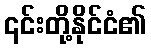
၎င်းတို့နိုင်ငံ၏